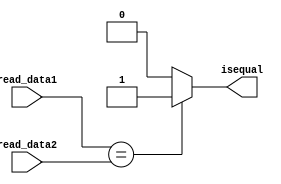
module Equilty(read_data1,read_data2,isequal);
input [31:0] read_data1;
input [31:0] read_data2;
output isequal ;
assign isequal = (read_data1 == read_data2)? 1'b1 : 1'b0;
endmodule